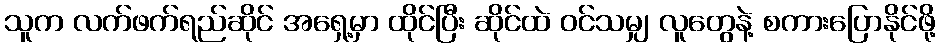
သူက လက်ဖက်ရည်ဆိုင် အရှေ့မှာ ထိုင်ပြီး ဆိုင်ထဲ ဝင်သမျှ လူတွေနဲ့ စကားပြောနိုင်ဖို့